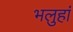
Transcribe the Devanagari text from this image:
भलुहां